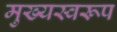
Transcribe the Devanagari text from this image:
मुख्यस्वरूप